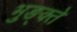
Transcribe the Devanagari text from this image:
भुङ्क्ते